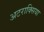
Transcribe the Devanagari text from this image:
अटराक्सिया